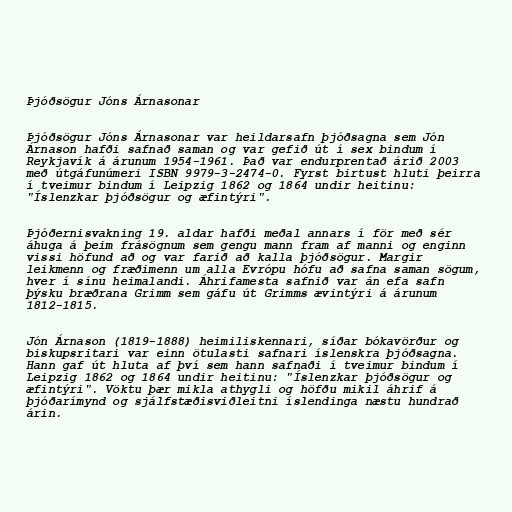
Þjóðsögur Jóns Árnasonar

Þjóðsögur Jóns Árnasonar var heildarsafn þjóðsagna sem Jón
Árnason hafði safnað saman og var gefið út í sex bindum í
Reykjavík á árunum 1954-1961. Það var endurprentað árið 2003
með útgáfunúmeri ISBN 9979-3-2474-0. Fyrst birtust hluti þeirra
í tveimur bindum í Leipzig 1862 og 1864 undir heitinu:
"Íslenzkar þjóðsögur og æfintýri".

Þjóðernisvakning 19. aldar hafði meðal annars í för með sér
áhuga á þeim frásögnum sem gengu mann fram af manni og enginn
vissi höfund að og var farið að kalla þjóðsögur. Margir
leikmenn og fræðimenn um alla Evrópu hófu að safna saman sögum,
hver í sínu heimalandi. Áhrifamesta safnið var án efa safn
þýsku bræðrana Grimm sem gáfu út Grimms ævintýri á árunum
1812-1815.

Jón Árnason (1819-1888) heimiliskennari, síðar bókavörður og
biskupsritari var einn ötulasti safnari íslenskra þjóðsagna.
Hann gaf út hluta af því sem hann safnaði í tveimur bindum í
Leipzig 1862 og 1864 undir heitinu: "Íslenzkar þjóðsögur og
æfintýri". Vöktu þær mikla athygli og höfðu mikil áhrif á
þjóðarímynd og sjálfstæðisviðleitni íslendinga næstu hundrað
árin.